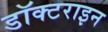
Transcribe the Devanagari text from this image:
डॉक्टराइन